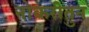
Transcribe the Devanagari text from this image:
नोकरीतुन